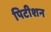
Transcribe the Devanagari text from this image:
पिटीशन